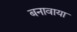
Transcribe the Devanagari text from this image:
बनावाया